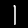
Label: 1